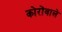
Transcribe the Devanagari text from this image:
कोरोंवाले